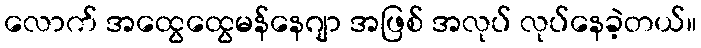
လောက် အထွေထွေမန်နေဂျာ အဖြစ် အလုပ် လုပ်နေခဲ့တယ်။